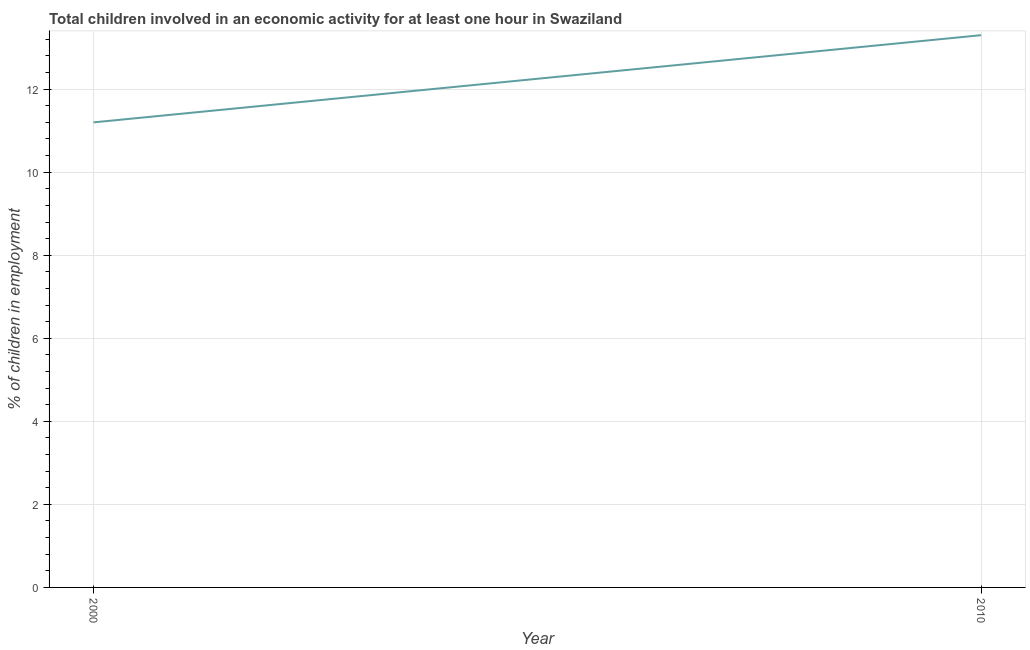
| Year | Children in employment |
 | --- | --- |
 | 2000 | 11.2 |
 | 2010 | 13.3 |